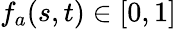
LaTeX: f_{a}(s,t)\in[0,1]